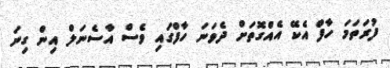
ފުރަތަމަ ހާފް އެކޭ އެއްގޮތަށް ދެވަނަ ހާފްގައި ވެސް އާސެނަލް އިން ގިނަ